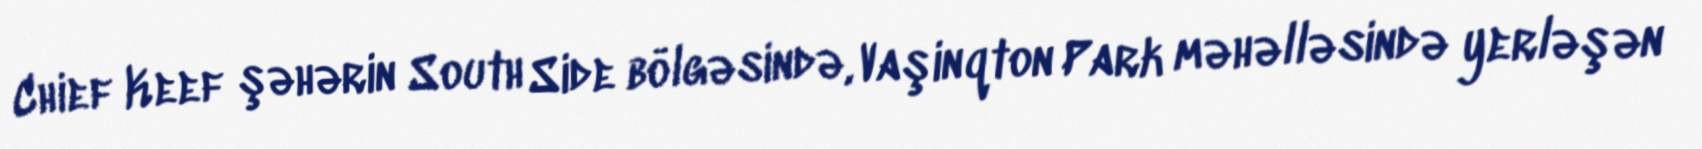
Chief Keef şəhərin South Side bölgəsində, Vaşinqton Park məhəlləsində yerləşən